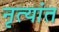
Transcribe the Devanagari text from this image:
नृत्यांत